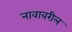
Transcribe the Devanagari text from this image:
नावावरील